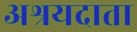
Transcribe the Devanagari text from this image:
अश्रयदाता